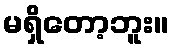
မရှိတော့ဘူး။